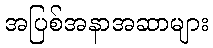
အပြစ်အနာအဆာများ